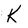
Character: K